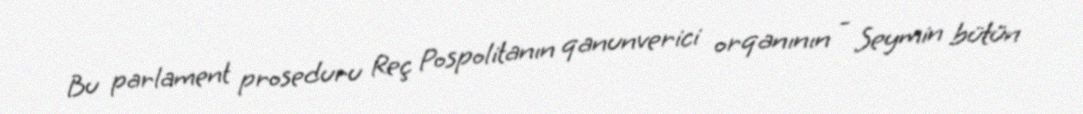
Bu parlament proseduru Reç Pospolitanın qanunverici orqanının - Seymin bütün